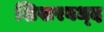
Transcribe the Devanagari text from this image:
शिखरबध्द